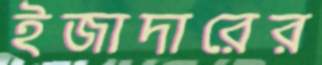
ইজাদারের